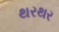
થરથર